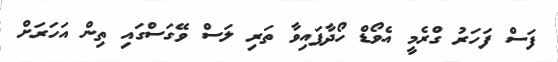
ފަސް ފަހަރު ގްރެމީ އެވޯޑް ހޯދާފައިވާ ތަރި ލަސް ވޭގަސްގައި ތިން އަހަރަށް